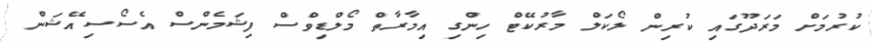
ކުރުމަށް މަރަދޫގައި ކުރިން ލޯކަލް މާރުކޭޓް ހިންގި އިމާރާތް މޯލްޑިވްސް ފިޝަމެންސް އެސޯސިއޭޝަން